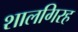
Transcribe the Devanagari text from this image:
शालगिरह